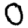
Digit: 0